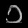
Digit: ၁